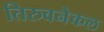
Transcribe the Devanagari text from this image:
तिरुवनैकल